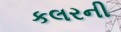
કલરની